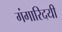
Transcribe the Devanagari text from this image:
गंगारिदयी